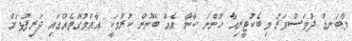
މާބަނޑު ދުވަސްވަރު މިބެކުޓީރިއާ ހުންނަ ކާނާ އެއް ބޭނުން ކުރުމަކީ އާއްމުގޮތެއްގައި ދަރިފުޅަށް